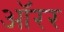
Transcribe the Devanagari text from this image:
ऑरर